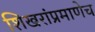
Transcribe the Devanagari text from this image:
शिखरांप्रमाणेच